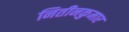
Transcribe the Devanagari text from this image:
नितीनकुमार